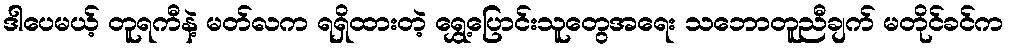
ဒါပေမယ့် တူရကီနဲ့ မတ်လက ရရှိထားတဲ့ ရွှေ့ပြောင်းသူတွေအရေး သဘောတူညီချက် မတိုင်ခင်က